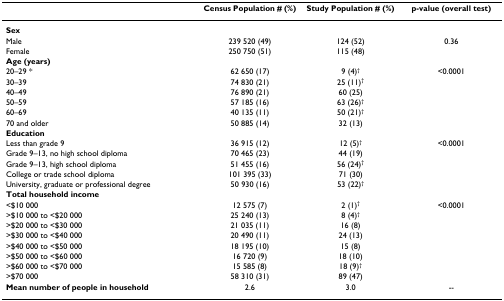
<table><thead><tr><td></td><td><b>Census Population # (%)</b></td><td><b>Study Population # (%)</b></td><td><b>p-value (overall test)</b></td></tr></thead><tbody><tr><td colspan="4"><b>Sex</b></td></tr><tr><td>Male</td><td>239 520 (49)</td><td>124 (52)</td><td>0.36</td></tr><tr><td>Female</td><td>250 750 (51)</td><td>115 (48)</td><td></td></tr><tr><td colspan="4"><b>Age (years)</b></td></tr><tr><td>20–29 *</td><td>62 650 (17)</td><td>9 (4)<sup>†</sup></td><td>&lt;0.0001</td></tr><tr><td>30–39</td><td>74 830 (21)</td><td>25 (11)<sup>†</sup></td><td></td></tr><tr><td>40–49</td><td>76 890 (21)</td><td>60 (25)</td><td></td></tr><tr><td>50–59</td><td>57 185 (16)</td><td>63 (26)<sup>†</sup></td><td></td></tr><tr><td>60–69</td><td>40 135 (11)</td><td>50 (21)<sup>†</sup></td><td></td></tr><tr><td>70 and older</td><td>50 885 (14)</td><td>32 (13)</td><td></td></tr><tr><td colspan="4"><b>Education</b></td></tr><tr><td>Less than grade 9</td><td>36 915 (12)</td><td>12 (5)<sup>†</sup></td><td>&lt;0.0001</td></tr><tr><td>Grade 9–13, no high school diploma</td><td>70 465 (23)</td><td>44 (19)</td><td></td></tr><tr><td>Grade 9–13, high school diploma</td><td>51 455 (16)</td><td>56 (24)<sup>†</sup></td><td></td></tr><tr><td>College or trade school diploma</td><td>101 395 (33)</td><td>71 (30)</td><td></td></tr><tr><td>University, graduate or professional degree</td><td>50 930 (16)</td><td>53 (22)<sup>†</sup></td><td></td></tr><tr><td colspan="4"><b>Total household income</b></td></tr><tr><td>&lt;$10 000</td><td>12 575 (7)</td><td>2 (1)<sup>†</sup></td><td>&lt;0.0001</td></tr><tr><td>&gt;$10 000 to &lt;$20 000</td><td>25 240 (13)</td><td>8 (4)<sup>†</sup></td><td></td></tr><tr><td>&gt;$20 000 to &lt;$30 000</td><td>21 035 (11)</td><td>16 (8)</td><td></td></tr><tr><td>&gt;$30 000 to &lt;$40 000</td><td>20 490 (11)</td><td>24 (13)</td><td></td></tr><tr><td>&gt;$40 000 to &lt;$50 000</td><td>18 195 (10)</td><td>15 (8)</td><td></td></tr><tr><td>&gt;$50 000 to &lt;$60 000</td><td>16 720 (9)</td><td>18 (10)</td><td></td></tr><tr><td>&gt;$60 000 to &lt;$70 000</td><td>15 585 (8)</td><td>18 (9)<sup>†</sup></td><td></td></tr><tr><td>&gt;$70 000</td><td>58 310 (31)</td><td>89 (47)</td><td></td></tr><tr><td><b>Mean number of people in household</b></td><td>2.6</td><td>3.0</td><td>--</td></tr></tbody></table>